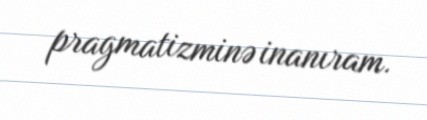
pragmatizminə inanıram.